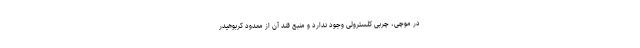
در موچی، چربی کلسترولی وجود ندارد و منبع قند آن از معدود کربوهیدر